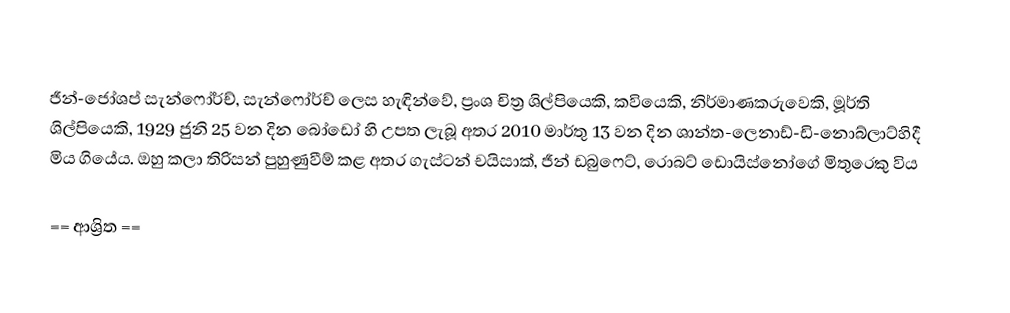
ජීන්-ජෝශප් සැන්ෆෝර්ච්, සැන්ෆෝර්ච් ලෙස හැඳින්වේ, ප්‍රංශ චිත්‍ර ශිල්පියෙකි, කවියෙකි, නිර්මාණකරුවෙකි, මූර්ති ශිල්පියෙකි, 1929 ජුනි 25 වන දින බෝඩෝ හි උපත ලැබූ අතර 2010 මාර්තු 13 වන දින ශාන්ත-ලෙනාඩ්-ඩි-නොබ්ලාට්හිදී මිය ගියේය. ඔහු කලා තිරිසන් පුහුණුවීම් කළ අතර ගැස්ටන් චයිසාක්, ජීන් ඩබුෆෙට්, රොබට් ඩොයිස්නෝගේ මිතුරෙකු විය

== ආශ්‍රිත ==